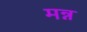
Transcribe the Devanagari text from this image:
मन्न